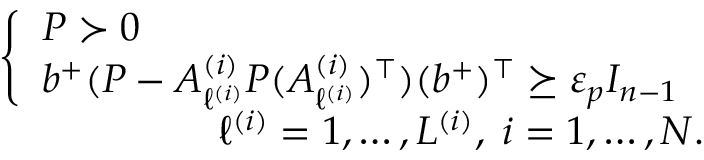
\begin{array} { r } { \left\{ \begin{array} { l } { P \succ 0 } \\ { b ^ { + } ( P - A _ { \ell ^ { ( i ) } } ^ { ( i ) } P ( A _ { \ell ^ { ( i ) } } ^ { ( i ) } ) ^ { \top } ) ( b ^ { + } ) ^ { \top } \succeq \varepsilon _ { p } I _ { n - 1 } } \end{array} \right. } \\ { \ell ^ { ( i ) } = 1 , \dots , L ^ { ( i ) } , \; i = 1 , \dots , N . } \end{array}